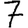
Digit: 7